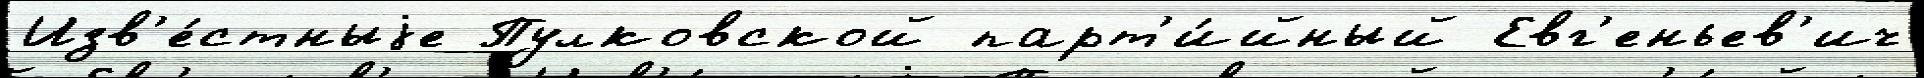
Изв'е́стныjе Пулковской парт'и́йный Евг'еньев'ич